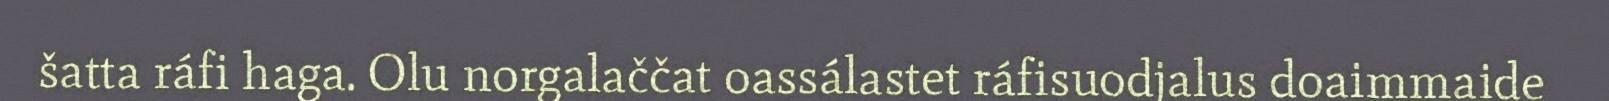
šatta ráfi haga. Olu norgalaččat oassálastet ráfisuodjalus doaimmaide